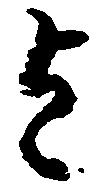
を